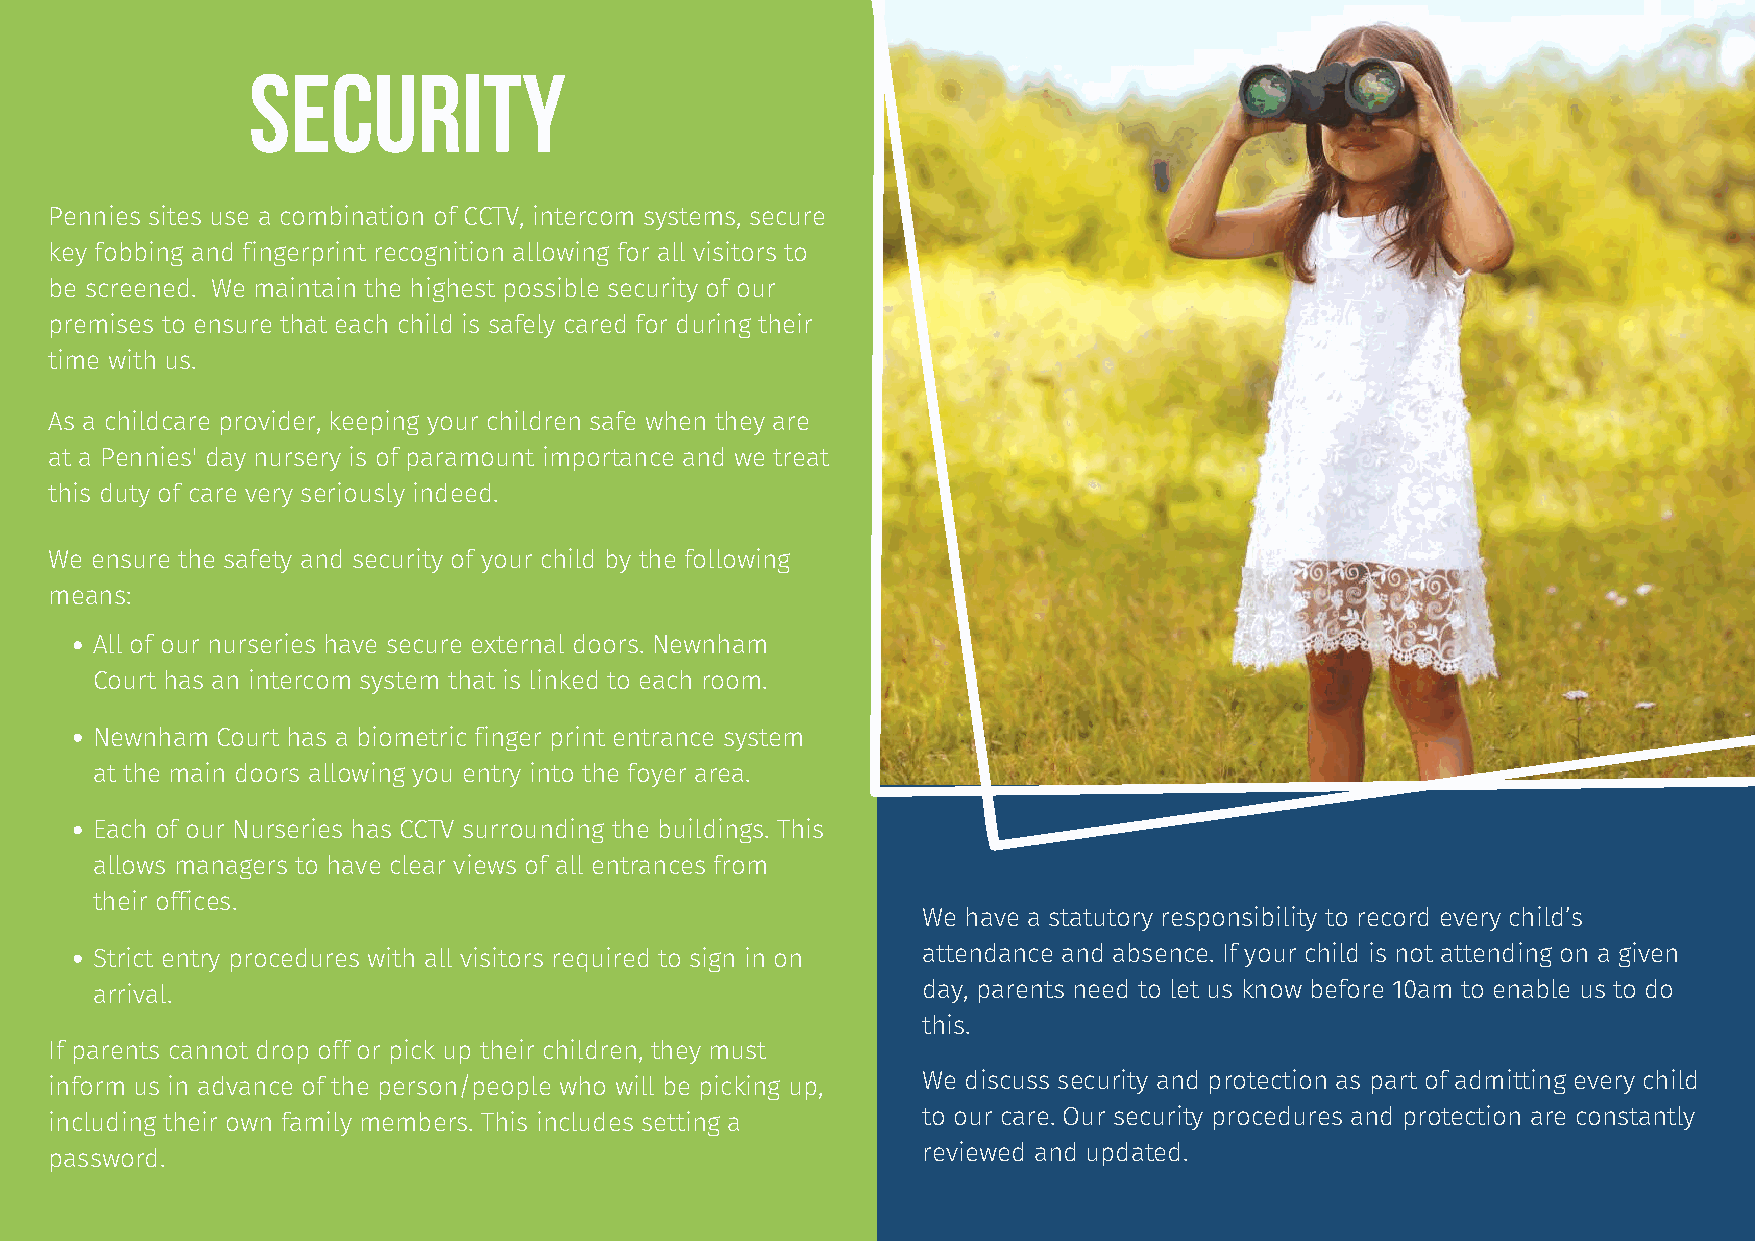
SECURITY
 Pennies sites use a combination of CCTV, intercom systems, secure
 key fobbing and fingerprint recognition allowing for all visitors to
 be screened. We maintain the highest possible security of our
 premises to ensure that each child is safely cared for during their
 time with us.
 As a childcare provider, keeping your children safe when they are
 at a Pennies' day nursery is of paramount importance and we treat
 this duty of care very seriously indeed.
 We ensure the safety and security of your child by the following
 means:
 All of our nurseries have secure external doors. Newnham
 Court has an intercom system that is linked to each room.
 Newnham Court has a biometric finger print entrance system
 at the main doors allowing you entry into the foyer area.
 Each of our Nurseries has CCTV surrounding the buildings. This
 allows managers to have clear views of all entrances from
 their offices.
 We have a statutory responsibility to record every child’s
 Strict entry procedures with all visitors required to sign in on attendance and absence. If your child is not attending on a given
 arrival.                                               day, parents need to let us know before 10am to enable us to do
 this.
 If parents cannot drop off or pick up their children, they must
 inform us in advance of the person/people who will be picking up, We discuss security and protection as part of admitting every child
 including their own family members. This includes setting a to our care. Our security procedures and protection are constantly
 password.                                                 reviewed and updated.